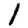
Digit: 1